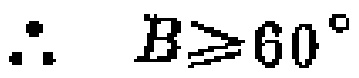
\(\therefore \quad B\geqslant60^{\circ}\)